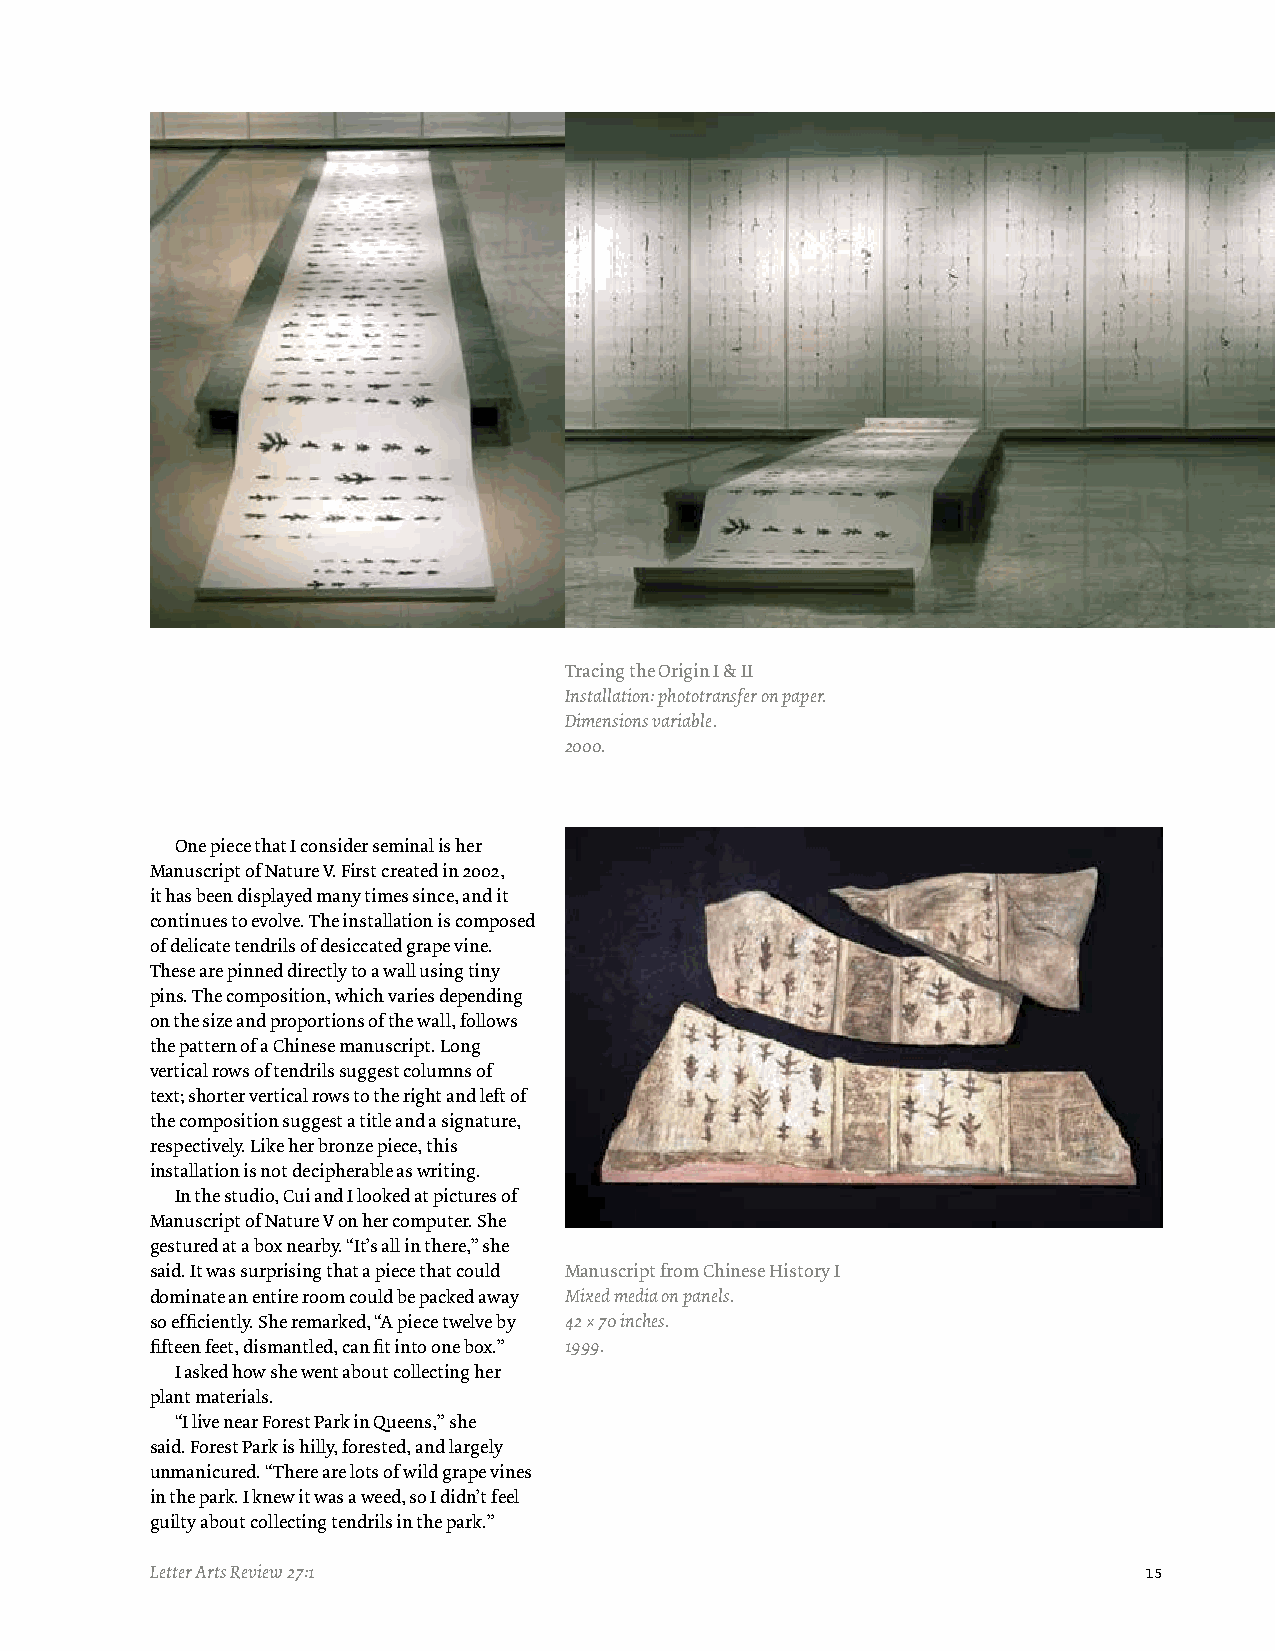
Tracing the Origin I & II
 Installation: phototransfer on paper.
 Dimensions variable.
 2000.
 One piece that I consider seminal is her
 Manuscript of Nature V. First created in 2002,
 it has been displayed many times since, and it
 continues to evolve. The installation is composed
 of delicate tendrils of desiccated grape vine.
 These are pinned directly to a wall using tiny
 pins. The composition, which varies depending
 on the size and proportions of the wall, follows
 the pattern of a Chinese manuscript. Long
 vertical rows of tendrils suggest columns of
 text; shorter vertical rows to the right and left of
 the composition suggest a title and a signature,
 respectively. Like her bronze piece, this
 installation is not decipherable as writing.
 In the studio, Cui and I looked at pictures of
 Manuscript of Nature V on her computer. She
 gestured at a box nearby. “It’s all in there,” she
 said. It was surprising that a piece that could Manuscript from Chinese History I
 dominate an entire room could be packed away Mixed media on panels.
 so efficiently. She remarked, “A piece twelve by 42 × 70 inches.
 fifteen feet, dismantled, can fit into one box.” 1999.
 I asked how she went about collecting her
 plant materials.
 “I live near Forest Park in Queens,” she
 said. Forest Park is hilly, forested, and largely
 unmanicured. “There are lots of wild grape vines
 in the park. I knew it was a weed, so I didn’t feel
 guilty about collecting tendrils in the park.”
 Letter Arts Review 27:1                                           15